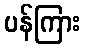
ပန်ကြား